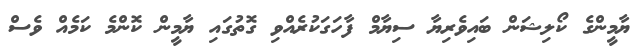
ޔާމީންގެ ކޯލިޝަން ބައިވެރިޔާ ސިޔާމް ފާހަގަކުރެއްވި ގޮތުގައި ޔާމީން ކޮންމެ ކަމެއް ވެސް